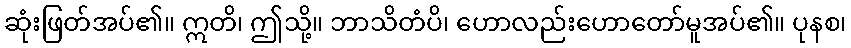
ဆုံးဖြတ်အပ်၏။ ဣတိ၊ ဤသို့။ ဘာသိတံပိ၊ ဟောလည်းဟောတော်မူအပ်၏။ ပုနစ၊